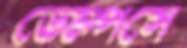
ডেম্পসে